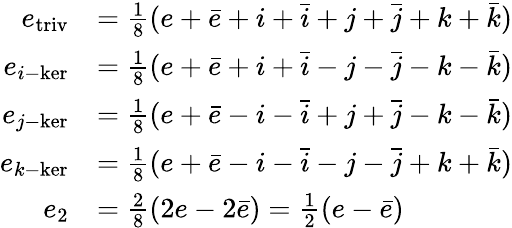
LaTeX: {\begin{array}{rl}{e_{\mathrm{triv}}}&{={\frac{1}{8}}(e+{\bar{e}}+i+{\bar{i}}+j+{\bar{j}}+k+{\bar{k}})}\\ {e_{i{\mathrm{-ker}}}}&{={\frac{1}{8}}(e+{\bar{e}}+i+{\bar{i}}-j-{\bar{j}}-k-{\bar{k}})}\\ {e_{j{\mathrm{-ker}}}}&{={\frac{1}{8}}(e+{\bar{e}}-i-{\bar{i}}+j+{\bar{j}}-k-{\bar{k}})}\\ {e_{k{\mathrm{-ker}}}}&{={\frac{1}{8}}(e+{\bar{e}}-i-{\bar{i}}-j-{\bar{j}}+k+{\bar{k}})}\\ {e_{2}}&{={\frac{2}{8}}(2e-2{\bar{e}})={\frac{1}{2}}(e-{\bar{e}})}\end{array}}